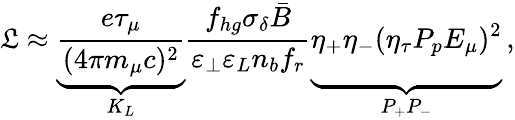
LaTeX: \mathfrak{L}\approx\underbrace{\frac{e\tau_{\mu}}{(4\pi m_{\mu}c)^{2}}}_{K_{L}}\frac{f_{hg}\sigma_{\delta}\bar{B}}{\varepsilon_{\perp}\varepsilon_{L}n_{b}f_{r}}\underbrace{\eta_{+}\eta_{-}(\eta_{\tau}P_{p}E_{\mu})^{2}\vphantom{\frac{e\tau_{\mu}}{(m_{\mu})^{2}}}}_{P_{+}P_{-}}\, ,